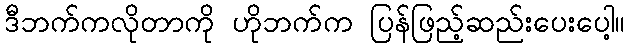
ဒီဘက်ကလိုတာကို ဟိုဘက်က ပြန်ဖြည့်ဆည်းပေးပေါ့။